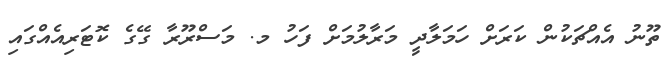
ތޫނު އެއްޗަކުން ކަރަށް ހަމަލާދީ މަރާލުމަށް ފަހު މ. މަސްރޫރާ ގޭގެ ކޮޓަރިއެއްގައި